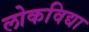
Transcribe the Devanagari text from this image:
लोकविद्या